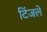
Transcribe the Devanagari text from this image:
टिंजले